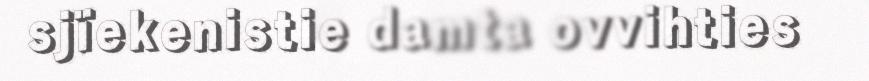
sjïekenistie damta ovvihties